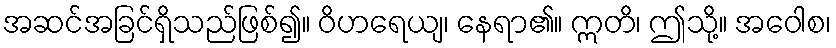
အဆင်အခြင်ရှိသည်ဖြစ်၍။ ဝိဟရေယျ၊ နေရာ၏။ ဣတိ၊ ဤသို့။ အဝေါစ၊